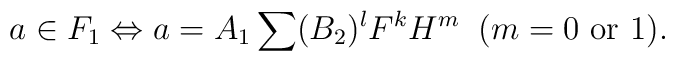
a \in F_1 \Leftrightarrow a = A_1 \sum(B_2)^l F^k H^m \; \; (m=0 \hbox{ or } 1).